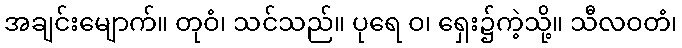
အချင်းမျောက်။ တုဝံ၊ သင်သည်။ ပုရေ ဝ၊ ရှေး၌ကဲ့သို့။ သီလဝတံ၊